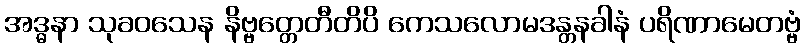
အဒ္ဓနာ သုခဝသေန နိဗ္ဗတ္တေတီတိပိ ကေသလောမဒန္တနခါနံ ပရိဏာမေတဗ္ဗံ